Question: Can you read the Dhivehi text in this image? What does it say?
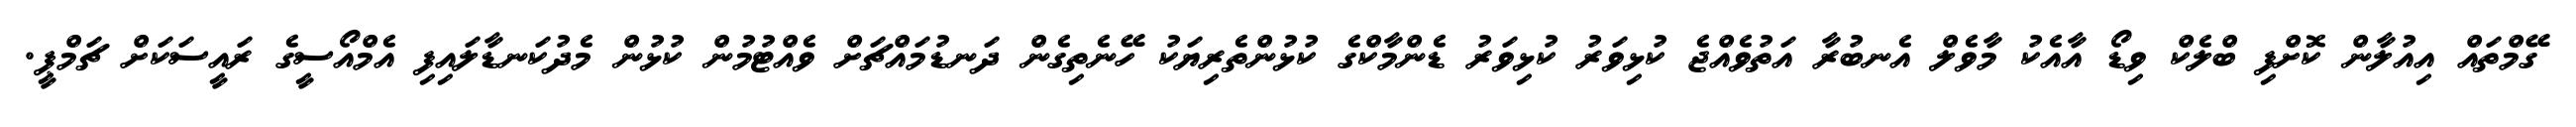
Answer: ގޭމްތައް އިއުލާން ކޮށްފި ބްލެކް ވިޑޯ އާއެކު މާވެލް އެނބުރާ އަތުވެއްޖެ ކުޅިވަރު ކުޅިވަރު ޑެންމާކްގެ ކުޅުންތެރިޔަކު ހޭނެތިގެން ދަނޑުމައްޗަށް ވެއްޓުމުން ކުޅުން މެދުކަނޑާލައިފި އެމްއޯސީގެ ރައީސަކަށް ޗަމްޕީ.